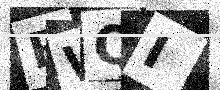
Text: BWQI